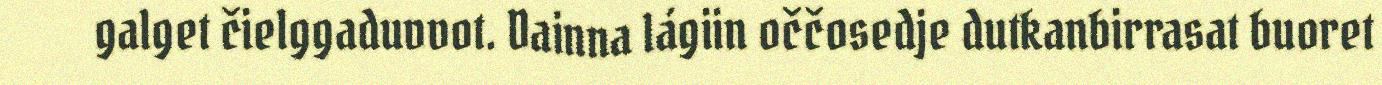
galget čielggaduvvot. Dainna lágiin oččosedje dutkanbirrasat buoret